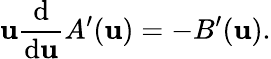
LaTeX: \mathbf{u}\frac{{\mathrm{{d}}}}{{\mathrm{{d}}\mathbf{u}}}A^{\prime}(\mathbf{u})=-B^{\prime}(\mathbf{u}).